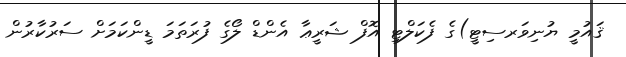
ޤައުމީ ޔުނިވަރސިޓީ)ގެ ފެކަލްޓި އޮފް ޝަރީޢާ އެންޑް ލޯގެ ފުރަތަމަ ޑީންކަމަށް ސަރުކާރުން